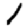
Digit: 1